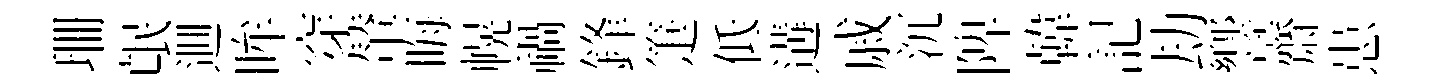
珊氓逥眸穿輦晦幌禍鋒箑低遘戚沉陴韓記劫響齋患